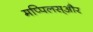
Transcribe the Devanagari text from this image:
मप्पिलस्और